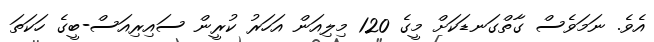
އެވެ. ނަމަވެސް ގާތްގަނޑަކަށް މީގެ 120 މިލިއަން އަހަރު ކުރީން ސައިރިއަސް-ބީގެ ހަކަތަ